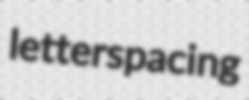
letterspacing